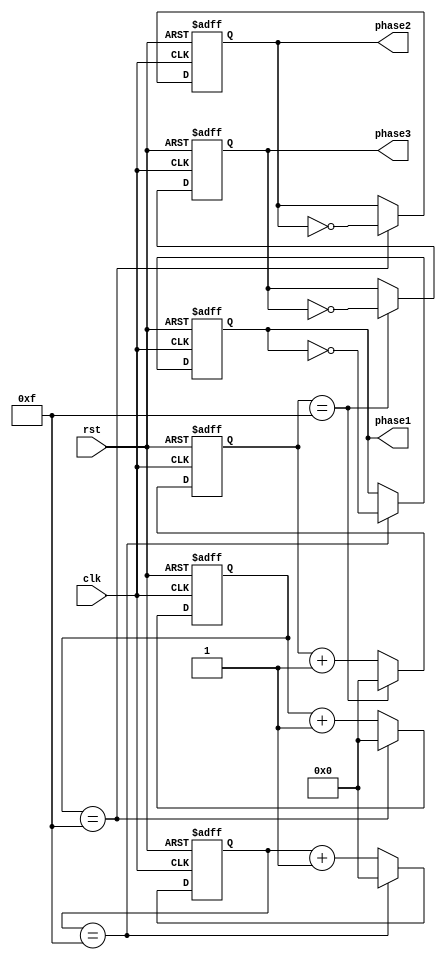
module multi_phase_clock_divider (
    input wire clk,
    input wire rst,
    output reg phase1,
    output reg phase2,
    output reg phase3
);

reg [3:0] counter1;
reg [3:0] counter2;
reg [3:0] counter3;

always @(posedge clk or posedge rst) begin
    if (rst) begin
        counter1 <= 4'b0000;
        counter2 <= 4'b0000;
        counter3 <= 4'b0000;
        phase1 <= 1'b0;
        phase2 <= 1'b0;
        phase3 <= 1'b0;
    end else begin
        if (counter1 == 4'b1111) begin
            counter1 <= 4'b0000;
            phase1 <= ~phase1;
        end else begin
            counter1 <= counter1 + 1;
        end
        
        if (counter2 == 4'b1111) begin
            counter2 <= 4'b0000;
            phase2 <= ~phase2;
        end else begin
            counter2 <= counter2 + 1;
        end
        
        if (counter3 == 4'b1111) begin
            counter3 <= 4'b0000;
            phase3 <= ~phase3;
        end else begin
            counter3 <= counter3 + 1;
        end
    end
end

endmodule